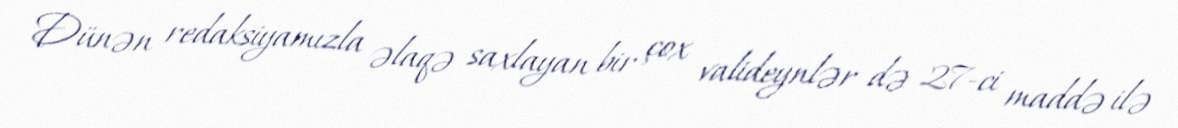
Dünən redaksiyamızla əlaqə saxlayan bir çox valideynlər də 27-ci maddə ilə